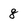
Character: 8